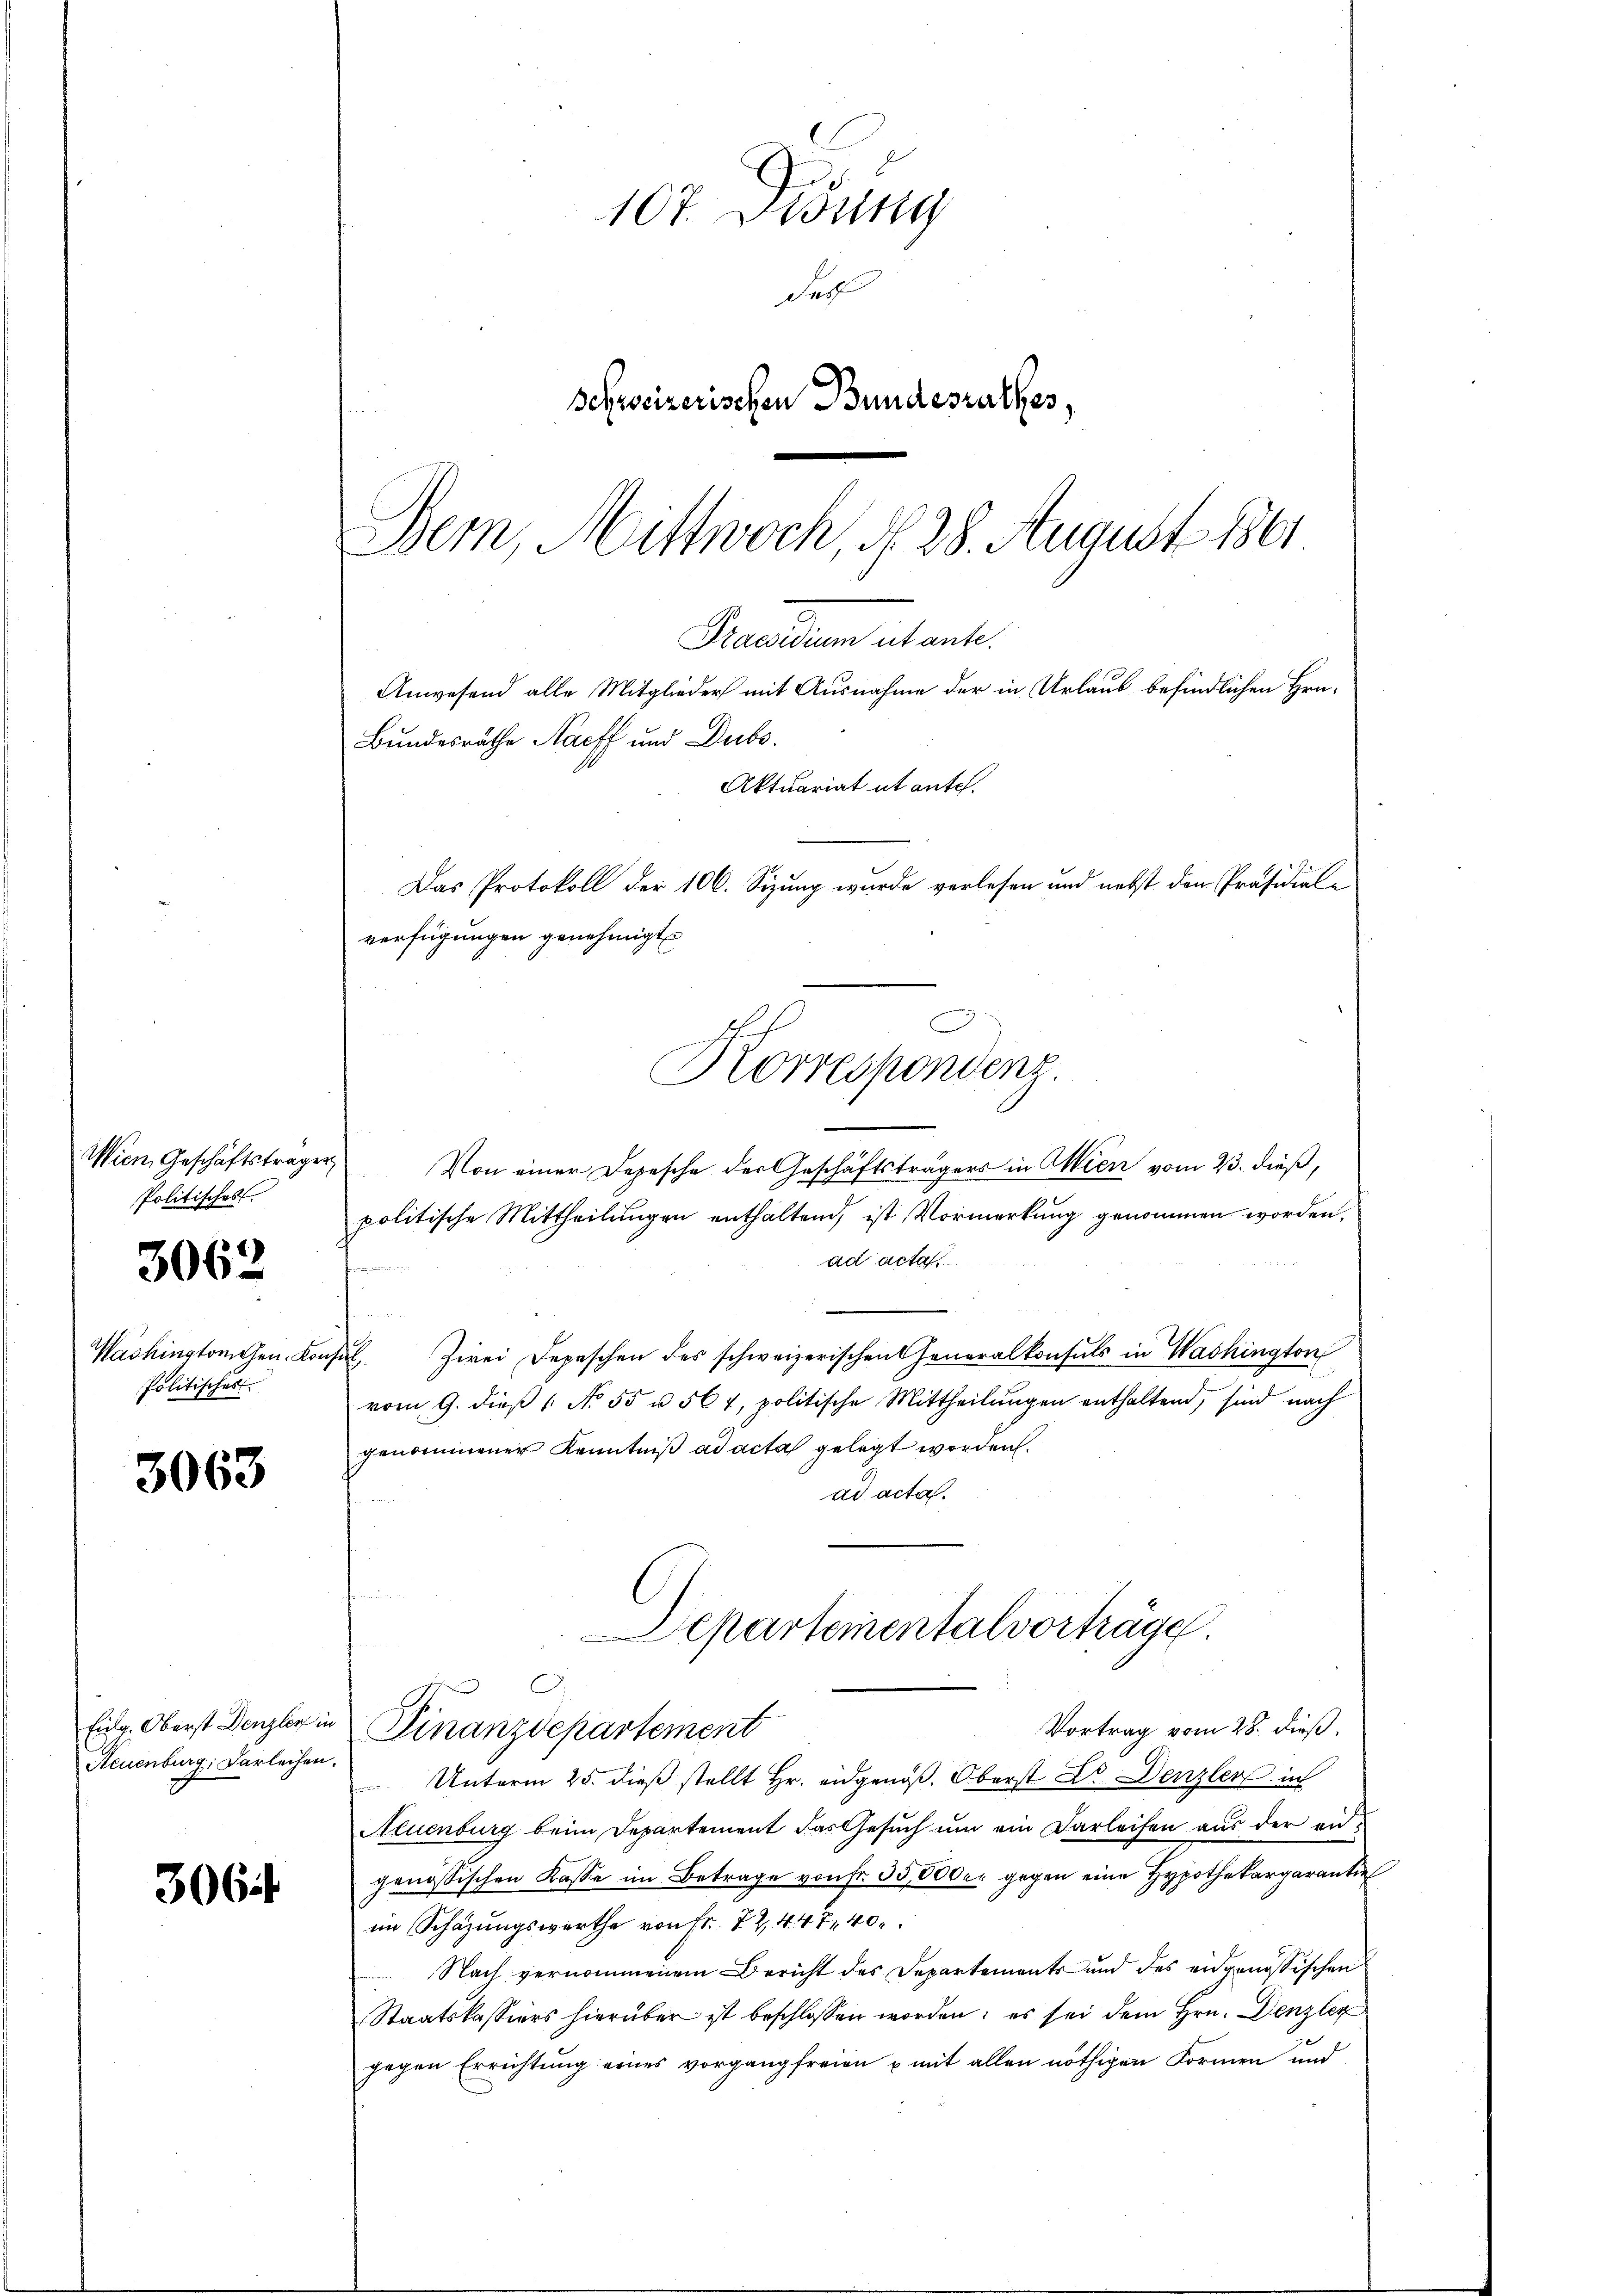
Wien Geschäftsträger
Politisches

3062

Politisches

3063

Neuenburg. Darleihen.

306

107 Didung
Ser
Schweizerischen Bundesrathes,
Bern, Mittwoch, d. 28. August 1861

Von einer Depesche der Geschäftsträgers in Wien vom 23. dieß,
politische Mittheilŭngen enthaltend, ist Vormerkŭng genommen worden.
ad acta
e
u
.
2
Washingtonehen. Konsul Zwei Depeschen des schweizerischen Generalkonsuls in Washington
vom 9. dieβ " No. 55 u. 564, politische Mittheilungen enthaltend, sind nach
genommener Kenntniß ad acta gelegt worden.
ad acta.
Departementalvorträge.
Eidg. Oberst Denzler in Finanzdepartement
Vortrag vom 28. dieß,
Unterm 25. dieß stellt Hr. eidgenoß. Oberst Dr. Denzlers in
Aeuenburg beim Departement das Gesuch um ein Darleiten aus der angenössischen Kasse im Betrage von Fr. 35,000 er gegen eine Hypothekargarantie
im Schazungswerthe von Fr. 72, 447, 40
Nach vernommenem Bericht des Departemente und des eidgenössischen
Staatskassiers hierüber ist beschlossen worden; es sei dem Hrn. Denzler
gegen Errichtung eines vorgang freien u mit allen nöthigen Formen und

Prandum et ante
Anwesend alle Mitglieder mit Ausnahme der in Urlaub befindlichen Hrn.
Bundesräthe Nacff und Dubs
Aktuariat et ante.
Das Protokoll der 106. Sizung wurde verlesen und nebst den Präsidial-
verfügungen genehmigt.
Korrespondenz.